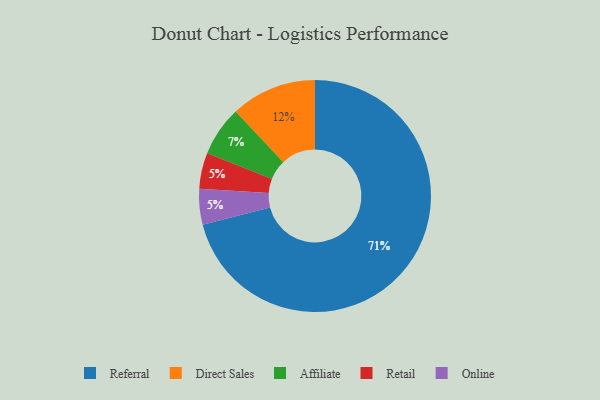
{"axis": {"x": "Category", "y": "Percentage"}, "legend": ["Affiliate", "Direct Sales", "Online", "Referral", "Retail"], "data": [{"x": "Referral", "y": 71, "type": "Referral"}, {"x": "Direct Sales", "y": 12, "type": "Direct Sales"}, {"x": "Retail", "y": 5, "type": "Retail"}, {"x": "Online", "y": 5, "type": "Online"}, {"x": "Affiliate", "y": 7, "type": "Affiliate"}]}